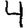
Digit: 4